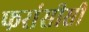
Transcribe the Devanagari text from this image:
फरांसीसी